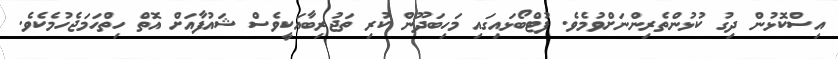
އިސްކޮޅުން ދިގު ކުޅުންތެރިންނަށްވުމެވެ. ފުޓްބޯޅައިގައި މަހިބަދޫން ކުރި ތަޖުރިބާއަކީވެސް ޝައުފާއަށް އޮތް ހިތްހަމަޖެހުމެކެވެ.